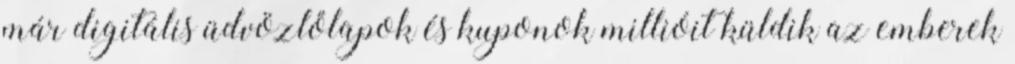
már digitális üdvözlőlapok és kuponok millióit küldik az emberek